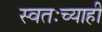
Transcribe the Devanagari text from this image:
स्वतःच्याही